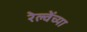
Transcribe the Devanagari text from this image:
रेल्वेंच्या